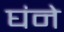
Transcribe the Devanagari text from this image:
घंने